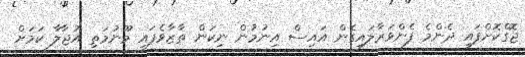
ޖޮގްކޮށްފައި ދެންމެ ފެންވަރާލައިގެން އައިސް އިނުމުން ނިކަން ތާޒާވެފައި މޫނުމަތި އުޖާލާ ކަމަށް